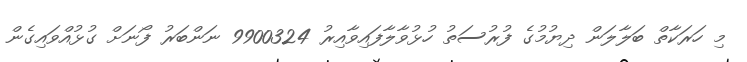
މި ހަރަކާތް ބަލާލަން ދިޔުމުގެ ފުރުސަތު ހުޅުވާލާފައިވާއިރު 9900324 ނަންބަރު ފޯނަށް ގުޅުއްވައިގެން